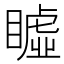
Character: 𥋖